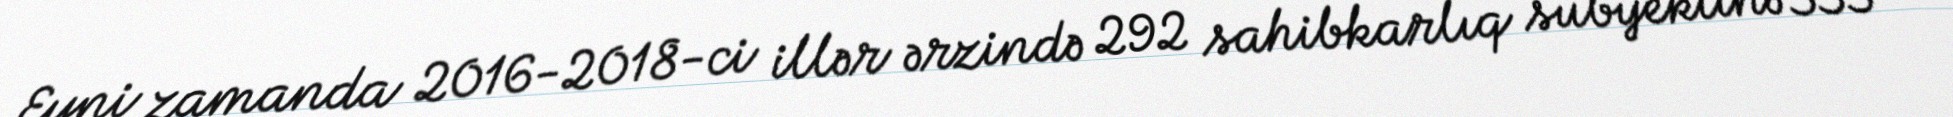
Eyni zamanda 2016-2018-ci illər ərzində 292 sahibkarlıq subyektinə 333